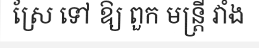
ស្រែ ទៅ ឱ្យ ពួក មន្ត្រី វាំង